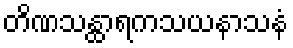
တိဏသန္ထာရကသယနာသနံ